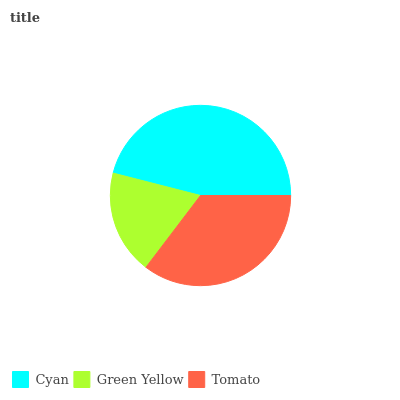
| Cyan | Green Yellow | Tomato |
 | --- | --- | --- |
 | 46% | 18.6% | 35.4% |